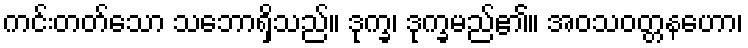
ကင်းတတ်သော သဘောရှိသည်။ ဒုက္ခ၊ ဒုက္ခမည်၏။ အဝသဝတ္တနဟော၊